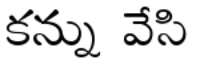
కన్ను వేసి